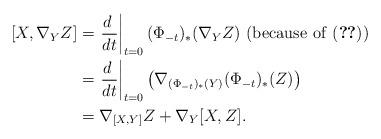
LaTeX: \begin{align*}[X,\nabla_YZ]&=\left.\frac{d\ }{dt}\right|_{t=0}(\Phi_{-t})_*(\nabla_YZ)\ \textrm{(because of \eqref{eq:XYPhi})}\\ &=\left.\frac{d\ }{dt}\right|_{t=0}\left(\nabla_{(\Phi_{-t})_*(Y)}(\Phi_{-t})_*(Z)\right)\\ &=\nabla_{[X,Y]}Z+\nabla_Y[X,Z].\end{align*}